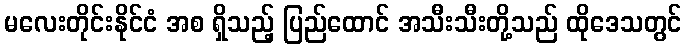
မလေးတိုင်းနိုင်ငံ အစ ရှိသည့် ပြည်ထောင် အသီးသီးတို့သည် ထိုဒေသတွင်